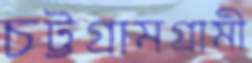
চট্টগ্রামগ্রামী